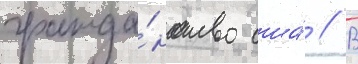
гражда́нство сша́ // В